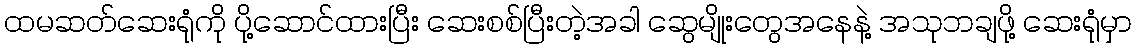
ထမဆတ်ဆေးရုံကို ပို့ဆောင်ထားပြီး ဆေးစစ်ပြီးတဲ့အခါ ဆွေမျိုးတွေအနေနဲ့ အသုဘချဖို့ ဆေးရုံမှာ